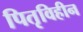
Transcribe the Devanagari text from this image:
पितृविहीन